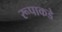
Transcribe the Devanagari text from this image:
रूपाकडे